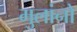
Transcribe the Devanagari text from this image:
मुलांनो